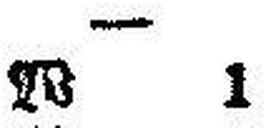
W 1